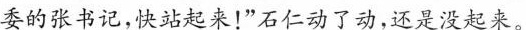
委的张书记，快站起来！”石仁动了动，还是没起来。